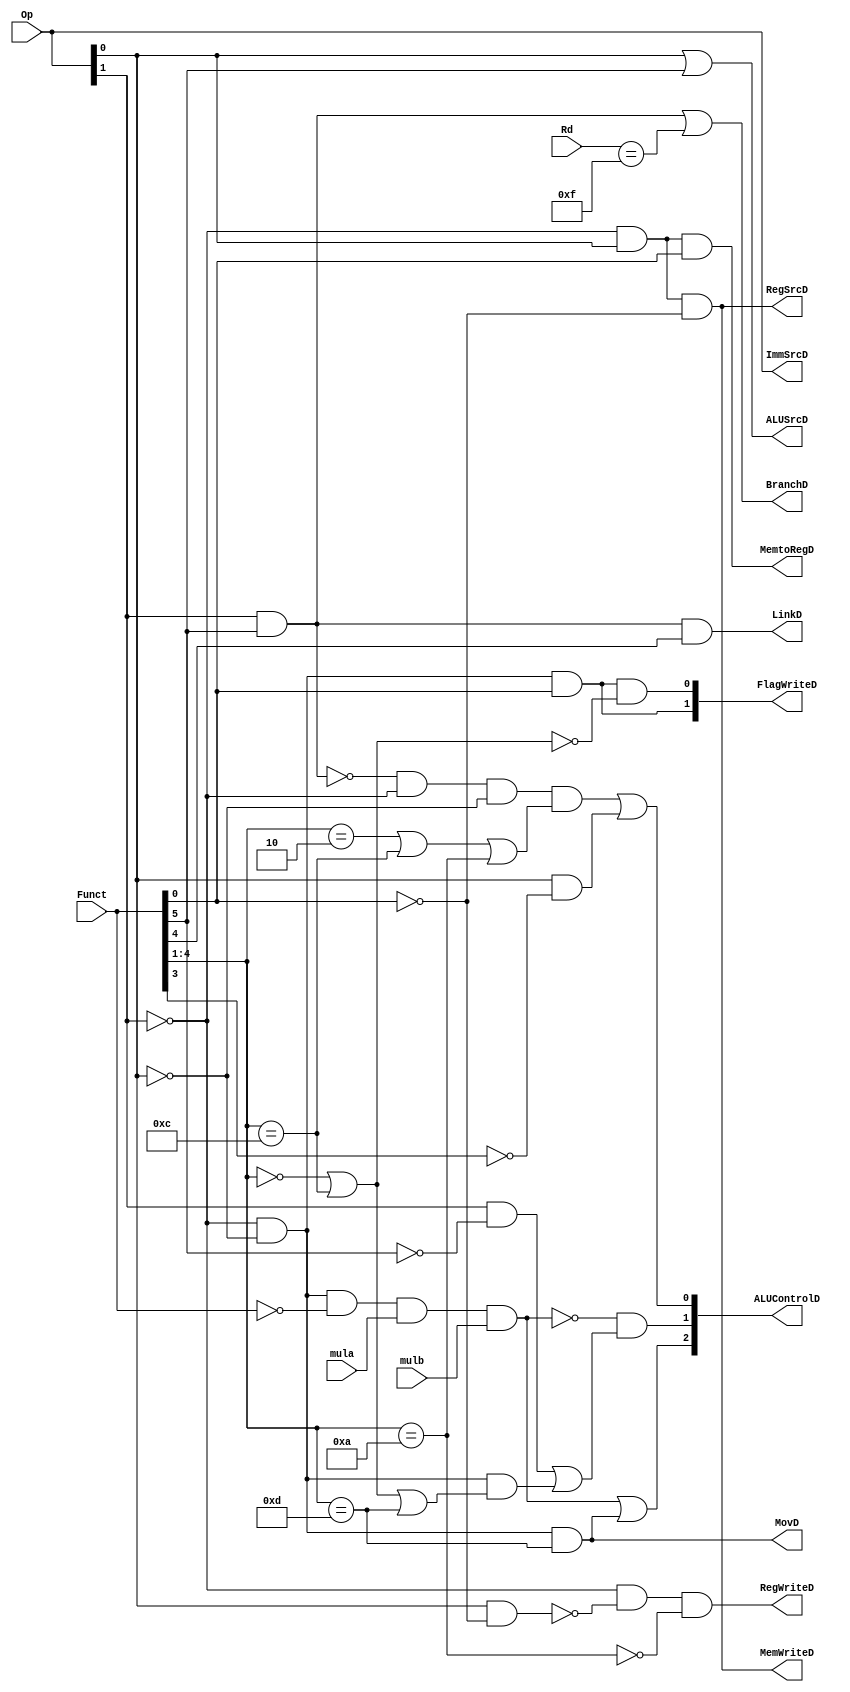
module decoder(input wire [1:0] Op, input wire [5:0] Funct, 
input wire [3:0] Rd, input wire mula, mulb, 
output wire [1:0] FlagWriteD, 
output wire RegWriteD, MemWriteD, MemtoRegD, ALUSrcD, RegSrcD, BranchD, LinkD, MovD, 
output wire [1:0] ImmSrcD, output wire [2:0] ALUControlD);

assign FlagWriteD[1] = ~Op[1] & ~Op[0] & Funct[0];
assign FlagWriteD[0] = ~Op[1] & ~Op[0] & Funct[0] & ~((Funct[4:1] == 4'b0000) | (Funct[4:1] == 4'b1100));

//assign PCSrcD = Op[1];

assign RegWriteD = ~Op[1] & ~(Op[0] & ~Funct[0]) & ~(Funct[4:1] ==4'b1010);

assign MemWriteD = ~Op[1] & Op[0] & ~Funct[0];

assign MemtoRegD = ~Op[1] & Op[0] & Funct[0];

assign ALUSrcD = Op[0] | Funct[5];

assign ImmSrcD[1] = Op[1];
assign ImmSrcD[0] = Op[0];

assign RegSrcD = ~Op[1] & Op[0] & ~Funct[0];

assign BranchD = Op[1] & Funct[5] | (Rd == 4'd15);

assign LinkD = Op[1] & Funct[5] & Funct[4];
assign MovD = ~Op[1] & ~Op[0] & (Funct[4:1] == 4'b1101);

assign ALUControlD[2] = ~Op[1] & ~Op[0] & (Funct[5:0] == 0) & mula & mulb | ~Op[1] & ~Op[0] & (Funct[4:1] == 4'b1101);
assign ALUControlD[1] = ~(~Op[1] & ~Op[0] & (Funct[5:0] == 0) & mula & mulb) & ((Op[1] & ~Funct[5]) | ~Op[1] & ~Op[0] & ((Funct[4:1] == 4'b0000) | (Funct[4:1] == 4'b1100) | (Funct[4:1] == 4'b1101)));
assign ALUControlD[0] = ~(Op[1] & Funct[5]) & ~Op[1] & ~Op[0] & ((Funct[4:1] == 4'b0010) | (Funct[4:1] == 4'b1100) | (Funct[4:1] ==4'b1010)) | Op[0] & ~Funct[3];


endmodule